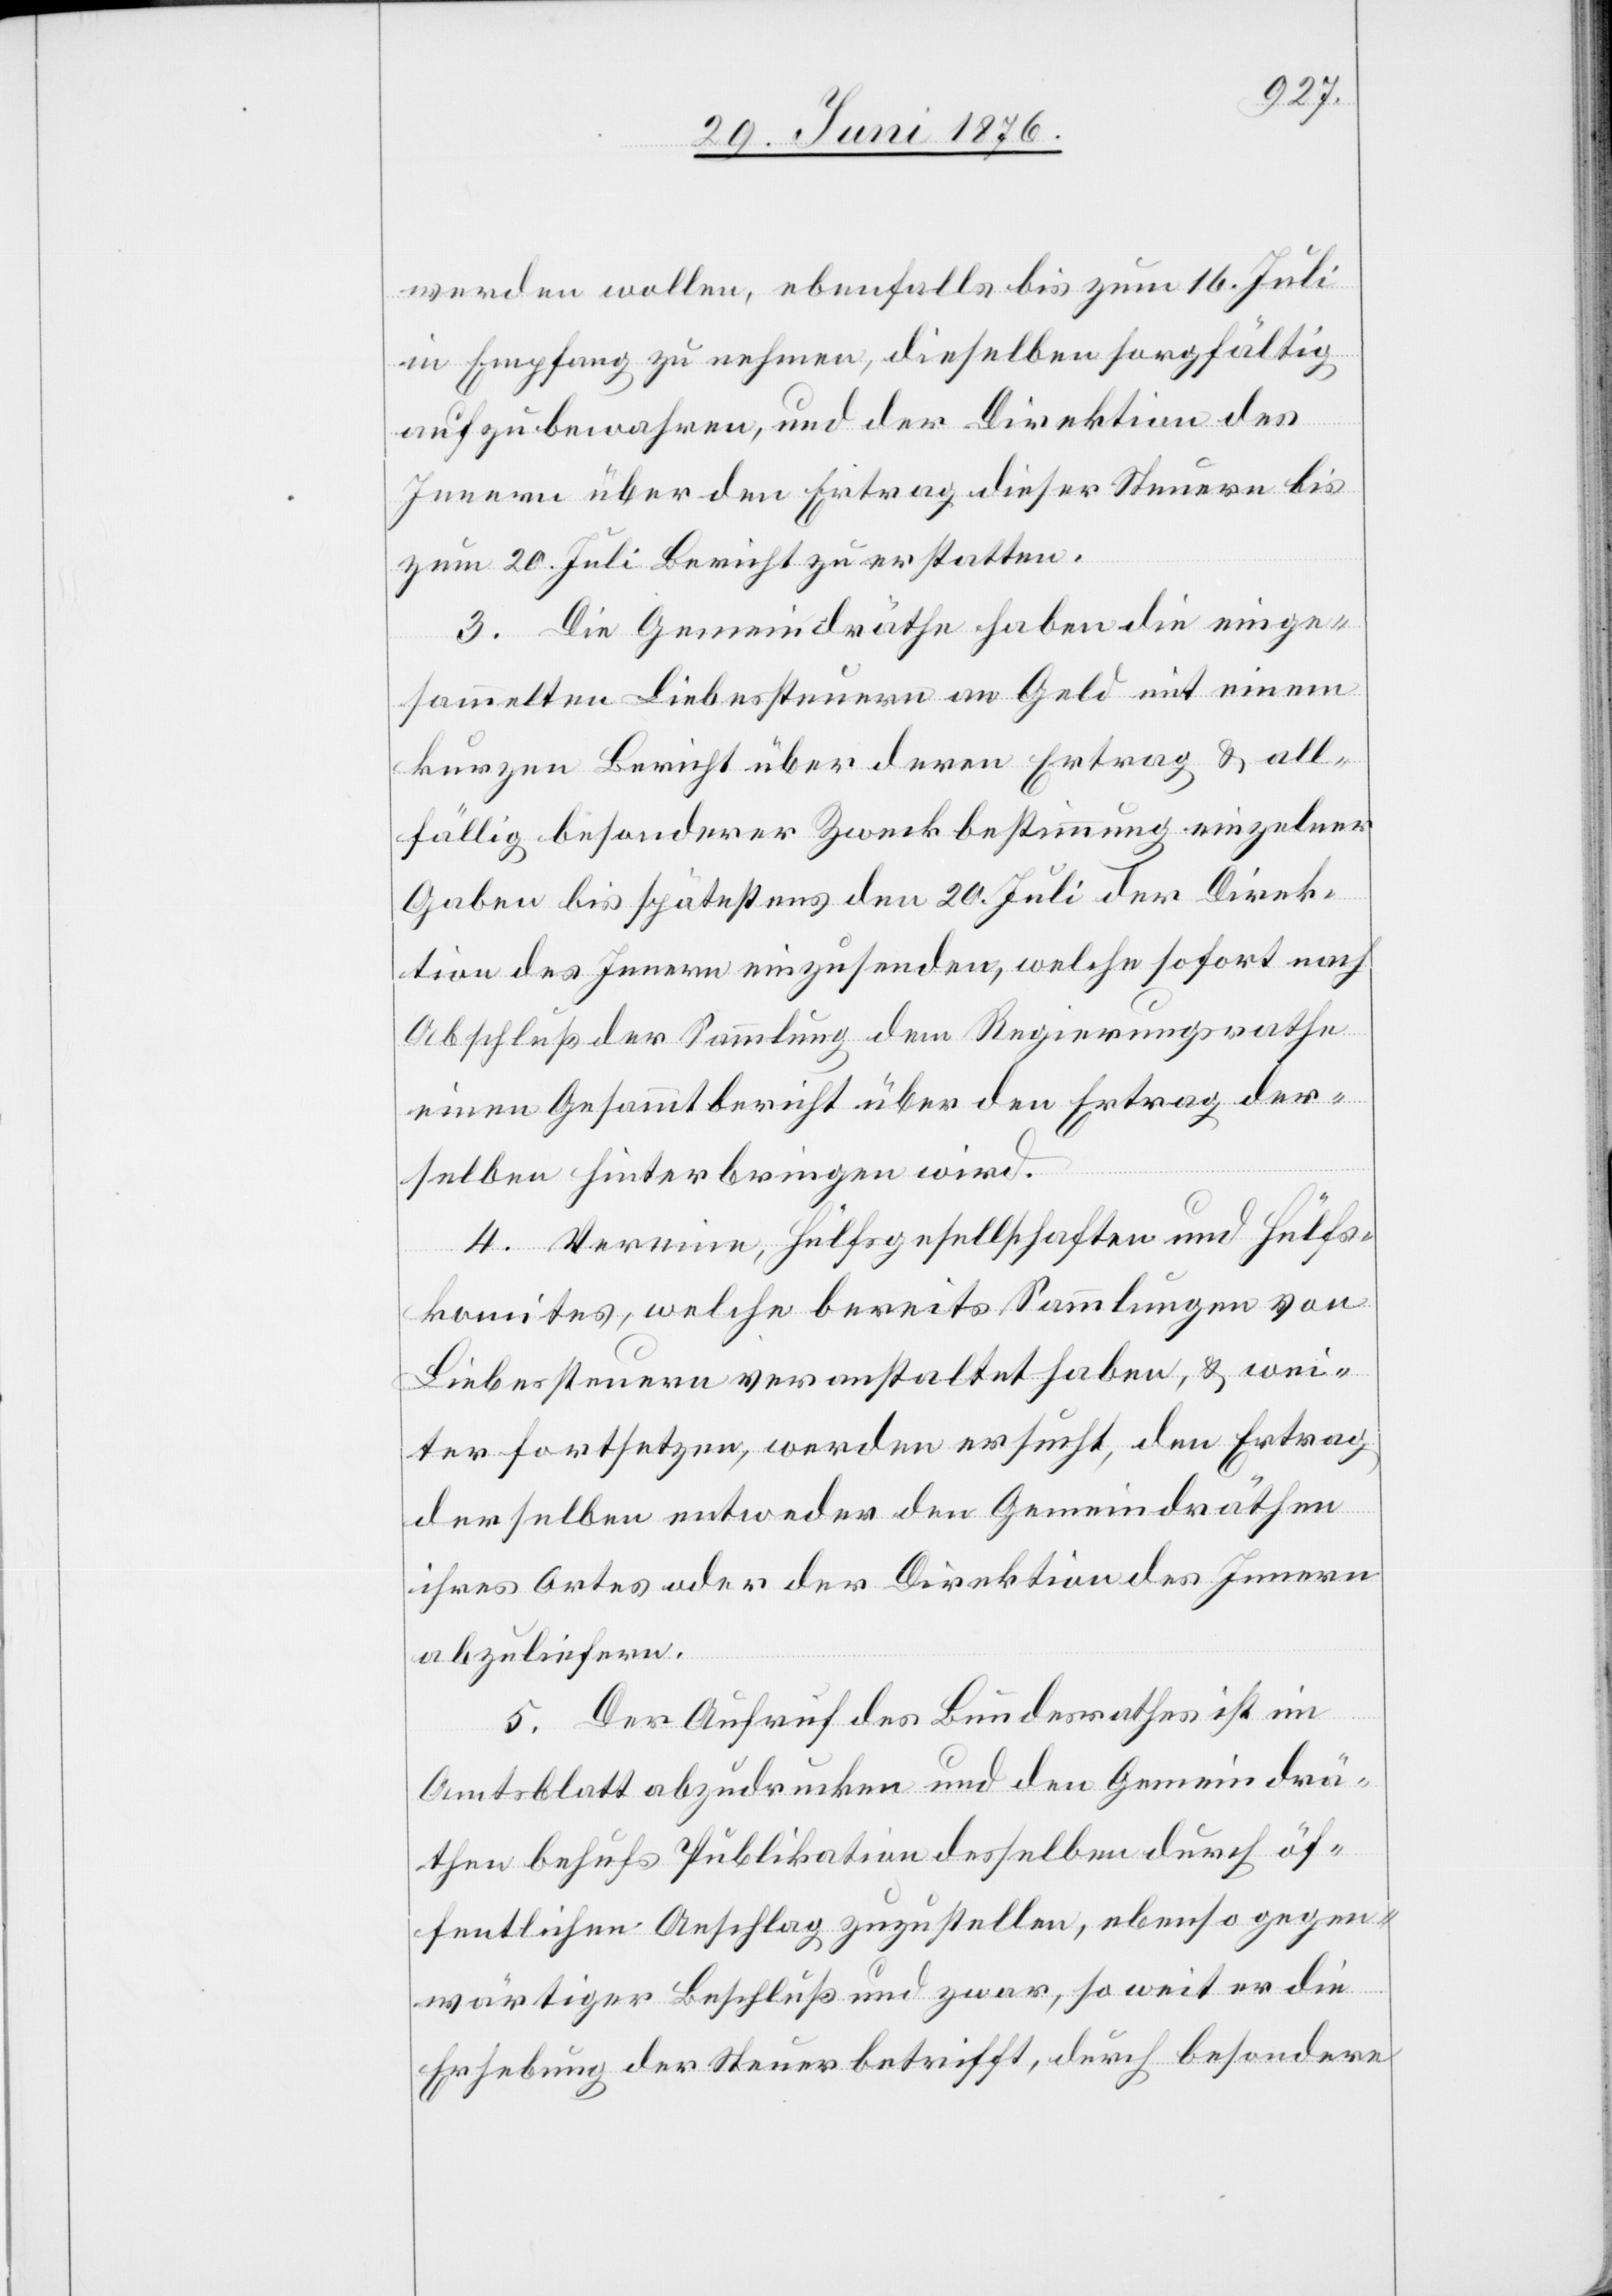
werden wollen, ebenfalls bis zum 16. Juli
in Empfang zu nehmen, dieselben sorgfältig
aufzubewahren, und der Direktion des
Innern über den Ertrag dieser Steuern bis
zum 20. Juli Bericht zu erstatten.
3. Die Gemeindräthe haben die einge¬
sammelten Liebessteuern an Geld mit einem
kurzen Bericht über deren Ertrag & all¬
fällig besonderer Zweckbestimmung einzelner
Gaben bis spätestens den 20. Juli der Direk¬
tion des Innern, einzusenden, welche sofort nach
Abschluß der Sammlung dem Regierungsrathe
einen Gesammtbericht über den Ertrag der¬
selben hinterbringen wird.
4. Vereine, Hülfsgesellschaften und Hülfs¬
komites, welche bereits Sammlungen von
Liebessteuern veranstaltet haben, & wei¬
ter fortsetzen, werden ersucht, dem Ertrag
derselben entweder den Gemeindräthen
ihres Ortes oder der Direktion des Innern
abzuliefern.
5. Der Aufruf des Bundesrathes ist im
Amtsblatt abzudrucken und den Gemeindrä¬
then behufs Publikation desselben durch öf¬
fentlichen Anschlag zuzustellen, ebenso gegen¬
wärtiger Beschluß und zwar, so weit er die
Erhebung der Steuer betrifft, durch besondere